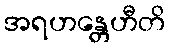
အရဟန္တေဟီတိ